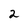
Character: 2